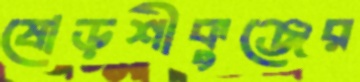
ষোড়শীকুঞ্জের